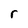
Character: r